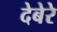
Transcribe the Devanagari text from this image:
देबेरे